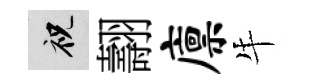
祝翿廪牛